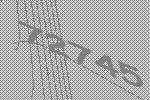
72745